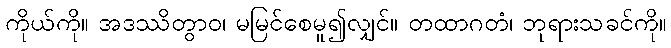
ကိုယ်ကို။ အဒဿိတွာဝ၊ မမြင်စေမူ၍လျှင်။ တထာဂတံ၊ ဘုရားသခင်ကို။